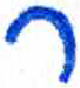
אות: ר